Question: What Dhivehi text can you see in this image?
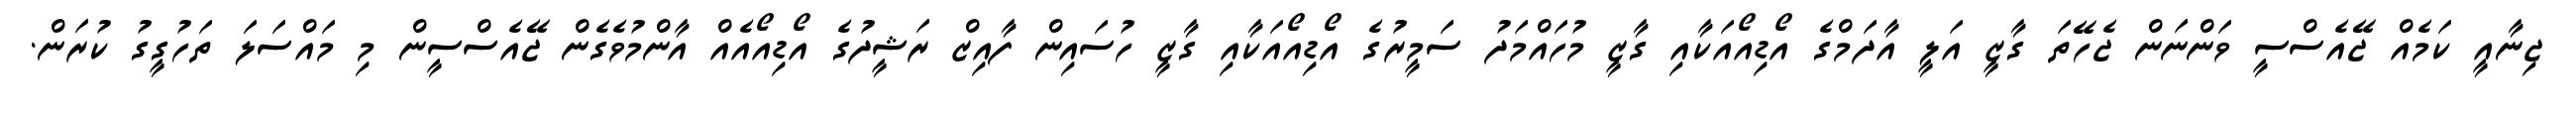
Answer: ޖިނާއީ ކަމެއް ޖޭއެސްސީ ވަންނަން ޖެހޭތަ ގާޒީ އަލީ އާދަމްގެ އޯޑިއޯއަކާއި ގާޒީ މުހައްމަދު ސަމީރުގެ އޯޑިއޯއަކާއި ގާޒީ ހުސައިން ފާއިޒް ރަޝީދުގެ އޯޑިއޯއެއް އާންމުވެގެން ޖޭއެސްސީން މި މައްސަލަ ތަހުގީގު ކުރަން.